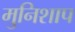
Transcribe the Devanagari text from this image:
मुनिशाप